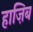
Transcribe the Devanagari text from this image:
हाज़िब